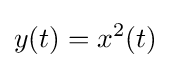
y(t)=x^{2}(t)